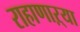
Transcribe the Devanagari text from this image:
राहाणाऱ्या